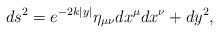
LaTeX: \begin{align*}ds^2 = e^{- 2 k |y|} \eta_{\mu \nu} dx^{\mu} dx^{\nu} + d y^2,\end{align*}